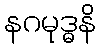
နဂမုဒ္ဓနိ